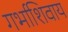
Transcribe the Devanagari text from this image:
गर्भाशिवाय